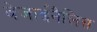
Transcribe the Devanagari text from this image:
वेजाईनैलिस